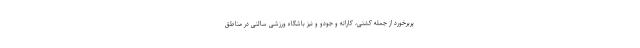
پربرخورد از جمله کشتی، کاراته و جودو و نیز باشگاه ورزشی سالنی در مناطق